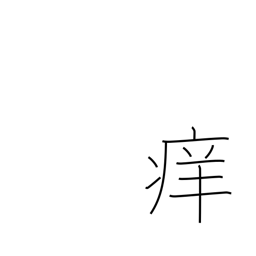
Meaning: itchy